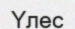
Үлес